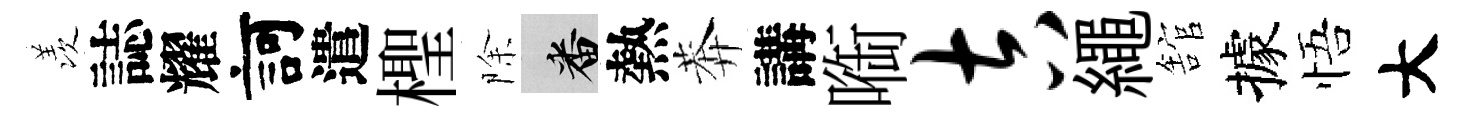
羡誌耀訶遣檉除番熱莾講㗸吉繩舘據悟大